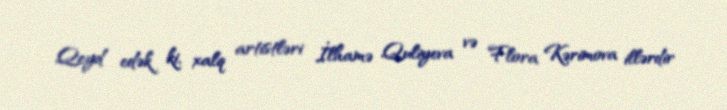
Qeyd edək ki, xalq artistləri İlhamə Quliyeva və Flora Kərimova illərdir